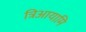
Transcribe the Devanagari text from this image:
त्रिआयामि